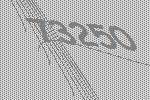
73250